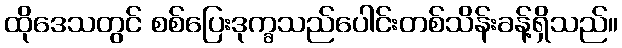
ထိုဒေသတွင် စစ်ပြေးဒုက္ခသည်ပေါင်းတစ်သိန်းခန့်ရှိသည်။